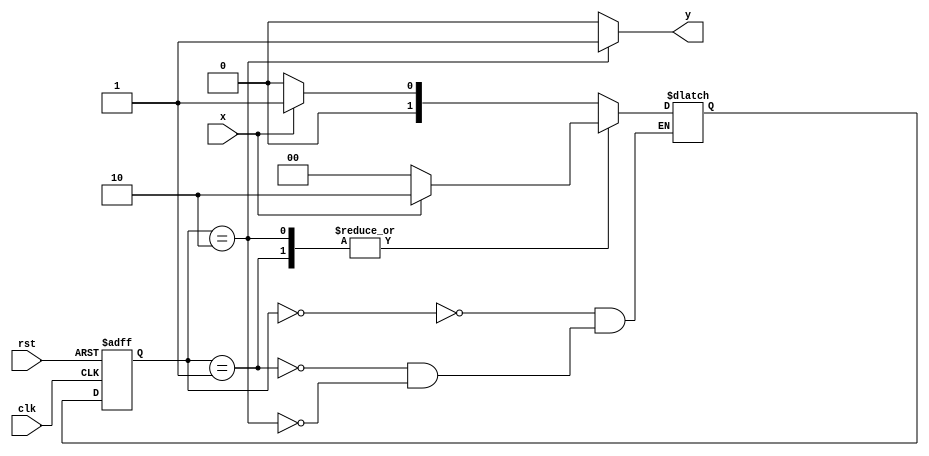

module moore1 (
input clk,rst,x,
output y);

parameter a=2'b00 , b=2'b01 , c=2'b10;
reg [1:0]cs,ns;

always @(posedge clk or negedge rst)
begin
if(rst==1'b0) cs<=a;
else          cs<=ns;
end

always @(x or cs)
begin
case(cs)
a: begin
   if(x==0) ns=a;
   else     ns=b;
   end
b: begin
   if(x==0) ns=a;
   else     ns=c;
   end
c: begin
   if(x==0) ns=a;
   else     ns=c;
   end
endcase
end

assign y=(cs==c)?1:0;

endmodule